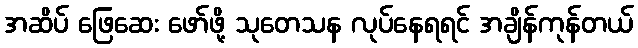
အဆိပ် ဖြေဆေး ဖော်ဖို့ သုတေသန လုပ်နေရရင် အချိန်ကုန်တယ်